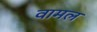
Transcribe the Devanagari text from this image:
वामल